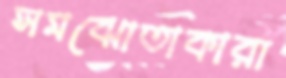
সমঝোতাকারী